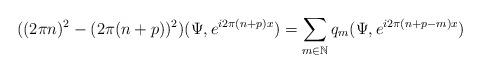
LaTeX: \begin{align*}((2\pi n)^{2}-(2\pi(n+p))^{2})(\Psi,e^{i2\pi(n+p)x})=\sum_{m\in\mathbb{N}}q_{m}(\Psi,e^{i2\pi(n+p-m)x})\end{align*}